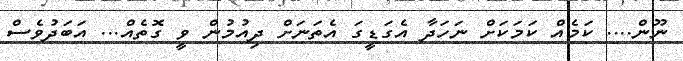
ނޫން.... ކަމެއް ކަމަކަށް ނަހަދާ އެގަޑީގަ އެތަނަށް ދިއުމުން ވީ ގޮތެއް... އަބަދުވެސް